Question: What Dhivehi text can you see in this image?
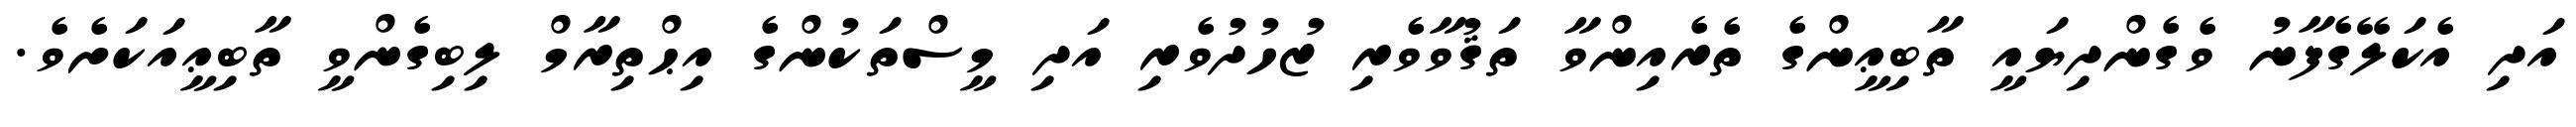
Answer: އަދި އެކަލޭގެފާނު ވެގެންދިޔައީ ތާބިޢީންގެ ތެރެއިންވާ ތަޤުވާވެރި ޒުހުދުވެރި އަދި މީސްތަކުންގެ އިޙްތިރާމް ލިބިގެންވީ ތާބިޢީއަކަށެވެ.